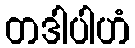
တဒါပါဟံ